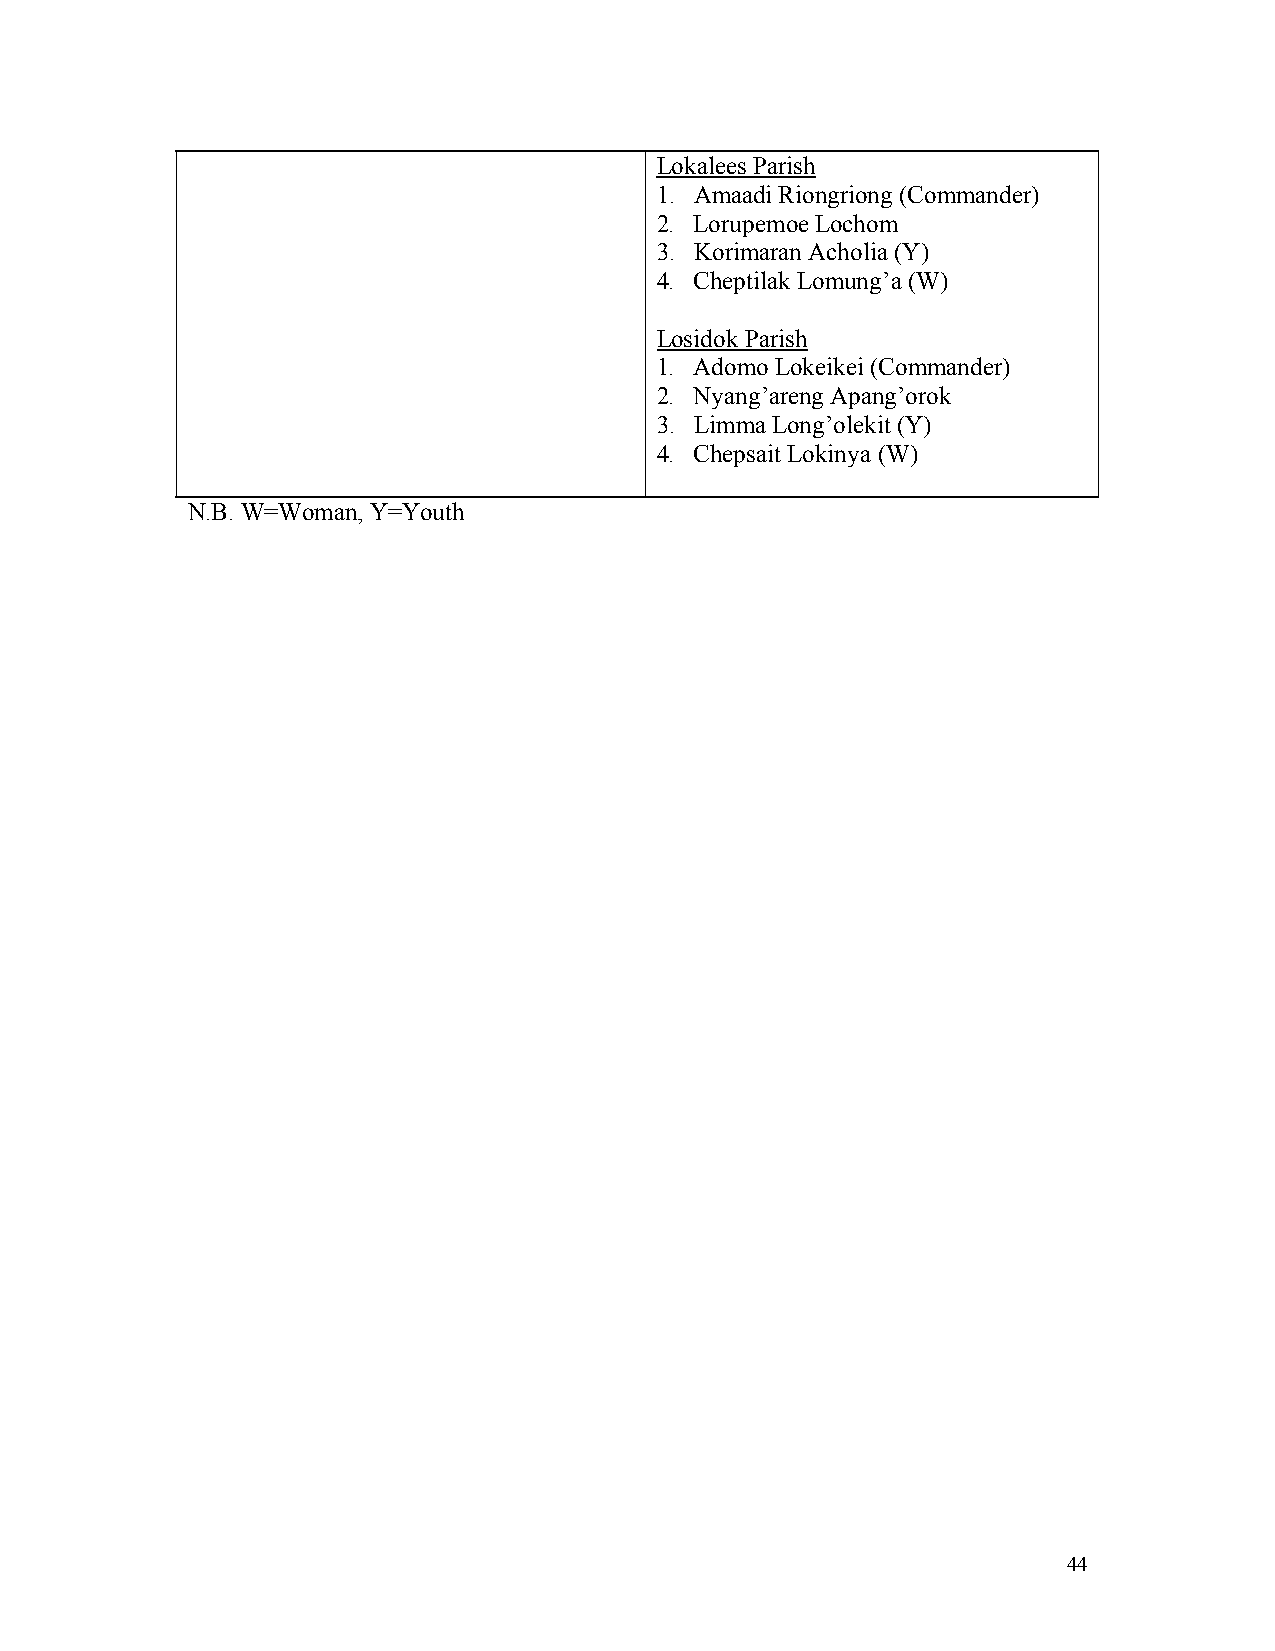
Lokalees Parish
 1. Amaadi Riongriong (Commander)
 2. Lorupemoe Lochom
 3. Korimaran Acholia (Y)
 4. Cheptilak Lomung’a (W)
 Losidok Parish
 1. Adomo Lokeikei (Commander)
 2. Nyang’areng Apang’orok
 3. Limma Long’olekit (Y)
 4. Chepsait Lokinya (W)
 N.B. W=Woman, Y=Youth
 44